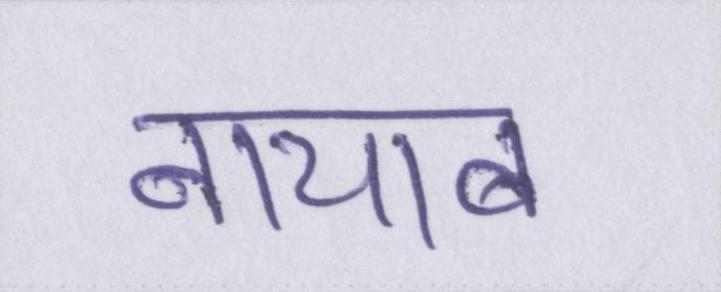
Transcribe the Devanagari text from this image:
नायाब